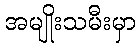
အမျိုးသမီးမှာ